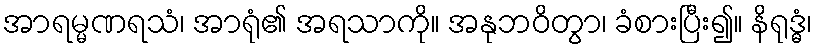
အာရမ္မဏရသံ၊ အာရုံ၏ အရသာကို။ အနုဘဝိတွာ၊ ခံစားပြီး၍။ နိရုဒ္ဓံ၊